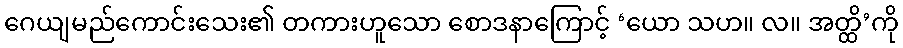
ဂေယျမည်ကောင်းသေး၏ တကားဟူသော စောဒနာကြောင့် ‘ယော သဟ။ လ။ အတ္ထိ’ကို